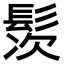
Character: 䯸